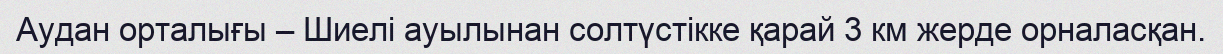
Аудан орталығы – Шиелі ауылынан солтүстікке қарай 3 км жерде орналасқан.